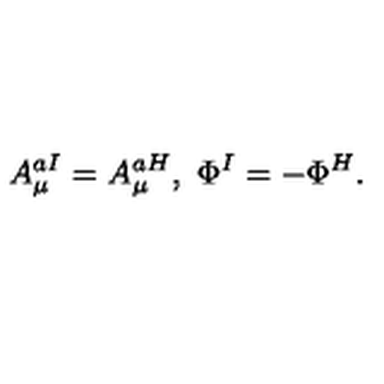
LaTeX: A _ { \mu } ^ { a I } = A _ { \mu } ^ { a H } , \ \Phi ^ { I } = - \Phi ^ { H } .